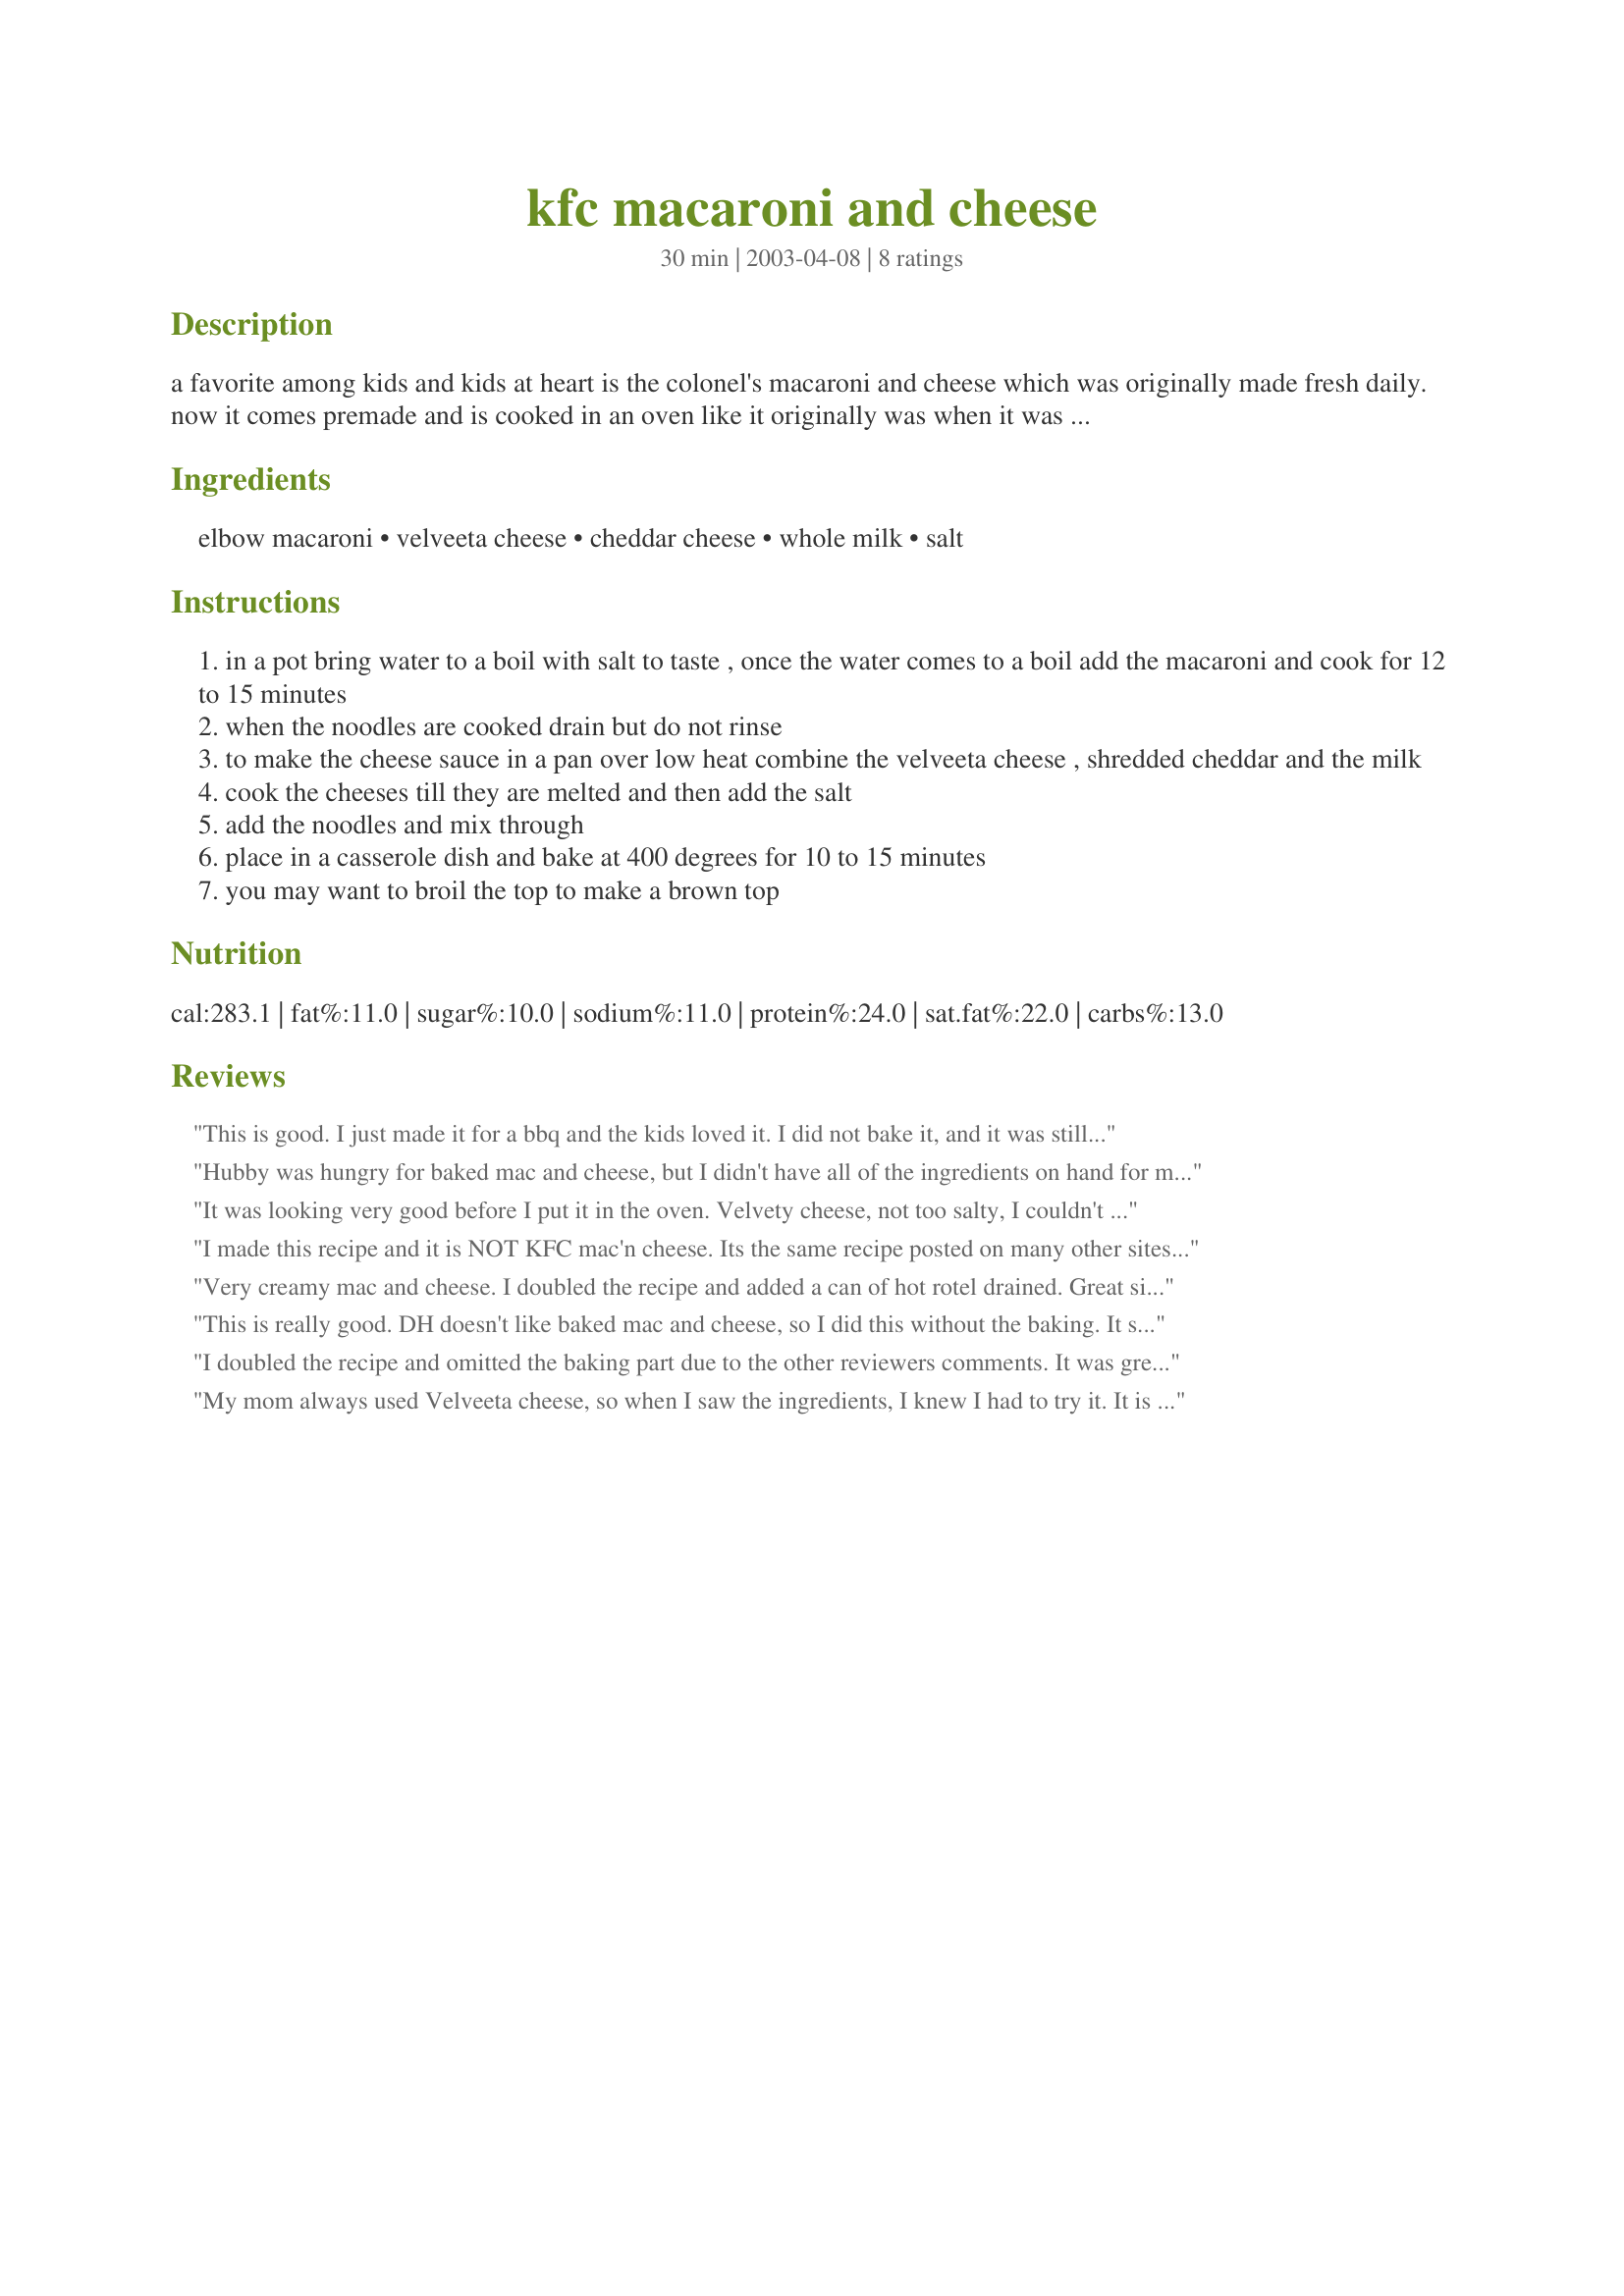
kfc macaroni and cheese
Preparation time: 30 minutes

a favorite among kids and kids at heart is the colonel's macaroni and cheese which was originally made fresh daily. now it comes premade and is cooked in an oven like it originally was when it was made fresh. this was sent to a recipe group, aarestaurant_recipes, by tabbitha.

Ingredients:
elbow macaroni, velveeta cheese, cheddar cheese, whole milk, salt

Steps:
in a pot bring water to a boil with salt to taste , once the water comes to a boil add the macaroni and cook for 12 to 15 minutes
when the noodles are cooked drain but do not rinse
to make the cheese sauce in a pan over low heat combine the velveeta cheese , shredded cheddar and the milk
cook the cheeses till they are melted and then add the salt
add the noodles and mix through
place in a casserole dish and bake at 400 degrees for 10 to 15 minutes
you may want to broil the top to make a brown top

Reviews:
This is good. I just made it for a bbq and the kids loved it. I did not bake it, and it was still great.
Hubby was hungry for baked mac and cheese, but I didn't have all of the ingredients on hand for my usual recipe. I added a few grinds of fresh black pepper, a little dry mustard, and a little onion powder to the sauce. I crushed Durkees French Fried Onions and combined them with unseasoned bread crumbs for a topping. The recipe does not state an oven temp, but I baked at 400 for 20 minutes. Hubby loved it. 

It was looking very good before I put it in the oven. Velvety cheese, not too salty, I couldn't wait. But when I took it out of the oven, the cheese kind of coagulated, which I certainly didn't expect from the Velveeta. It didn't separate like an all "real" cheese mac. It tasted fine, and DH didn't complain, but I was disappointed visually. Don't know what I did wrong... Next time I'll omit the oven and see what we think. Thanks for the recipe, QT.
I made this recipe and it is NOT KFC mac'n cheese. Its the same recipe posted on many other sites claiming to be the same as the one used by the colonel. This one is not as cheesy and tastes kind of flavorless. Kraft dinner tastes cheesier than this.
Very creamy mac and cheese. I doubled the recipe and added a can of hot rotel drained. Great side dish.
This is really good. DH doesn't like baked mac and cheese, so I did this without the baking. It still turned out great! I was impressed. Thanks for sharing.
I doubled the recipe and omitted the baking part due to the other reviewers comments. It was great. My kids loved it. I wouldn't say it was like KFC's but it was really good.
My mom always used Velveeta cheese, so when I saw the ingredients, I knew I had to try it. It is very good, although I don't think it is like KFC because I don't think theirs is baked. During the baking, the macaroni absorbs much of the sauce. Perhaps it would be similar without the baking step. Any way, it's just what I was looking for. I did make these changes: I used 1/2 cup total(or more) of milk, added 1/2 tsp dry mustard, and some cracked black pepper.
